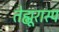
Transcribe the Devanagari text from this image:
तेह्मूरास्प